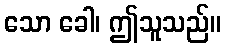
သော ခေါ၊ ဤသူသည်။